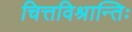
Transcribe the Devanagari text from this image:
चित्तविश्रान्तिः